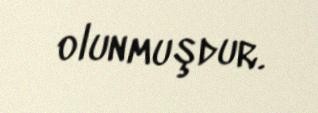
olunmuşdur.